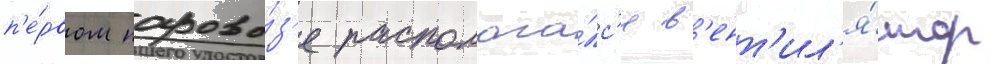
п'е́рвом парово́з'е располага́лс'я в'ент'ил'я́тор